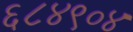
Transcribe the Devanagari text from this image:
६८४९०४